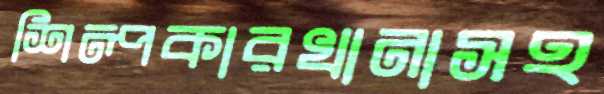
শিল্পকারখানাসহ